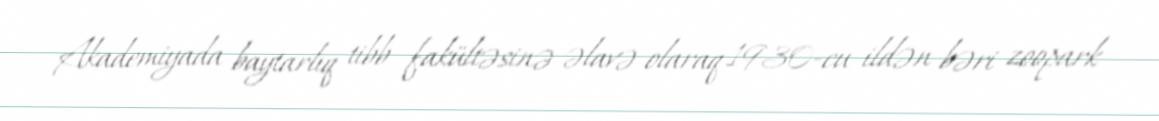
Akademiyada baytarlıq tibb fakültəsinə əlavə olaraq 1930-cu ildən bəri zoopark